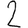
Digit: 2